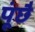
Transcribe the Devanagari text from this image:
पूंछै